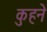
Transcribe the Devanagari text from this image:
कुहने